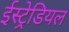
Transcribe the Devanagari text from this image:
ईस्ट्रेडियल